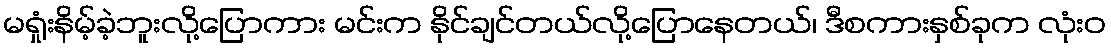
မရှုံးနိမ့်ခဲ့ဘူးလို့ပြောကား မင်းက နိုင်ချင်တယ်လို့ပြောနေတယ်၊ ဒီစကားနှစ်ခုက လုံးဝ